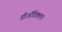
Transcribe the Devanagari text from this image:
डीअॅडिक्शन